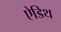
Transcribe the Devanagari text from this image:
ऐडिथ